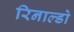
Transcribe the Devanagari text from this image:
रिनाल्डो